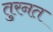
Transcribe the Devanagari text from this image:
तुरनत